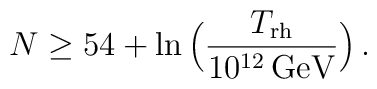
N \geq 54 + \ln\Big({T_{\rm rh}\over10^{12}\,{\rm GeV}}\Big)\,.